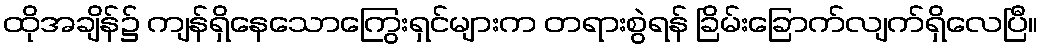
ထိုအချိန်၌ ကျန်ရှိနေသောကြွေးရှင်များက တရားစွဲရန် ခြိမ်းခြောက်လျက်ရှိလေပြီ။